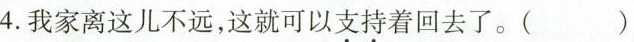
4.我家离这儿不远，这就可以支持着回去了。()